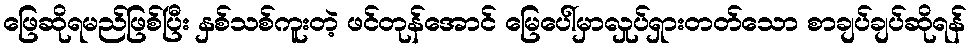
ဖြေဆိုရမည်ဖြစ်ပြီး နှစ်သစ်ကူးတဲ့ ဖင်တုန်အောင် မြေပေါ်မှာလှုပ်ရှားတတ်သော စာချပ်ချပ်ဆိုရန်